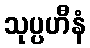
သုပ္ပဟီနံ